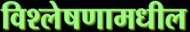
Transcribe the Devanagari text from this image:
विश्लेषणामधील